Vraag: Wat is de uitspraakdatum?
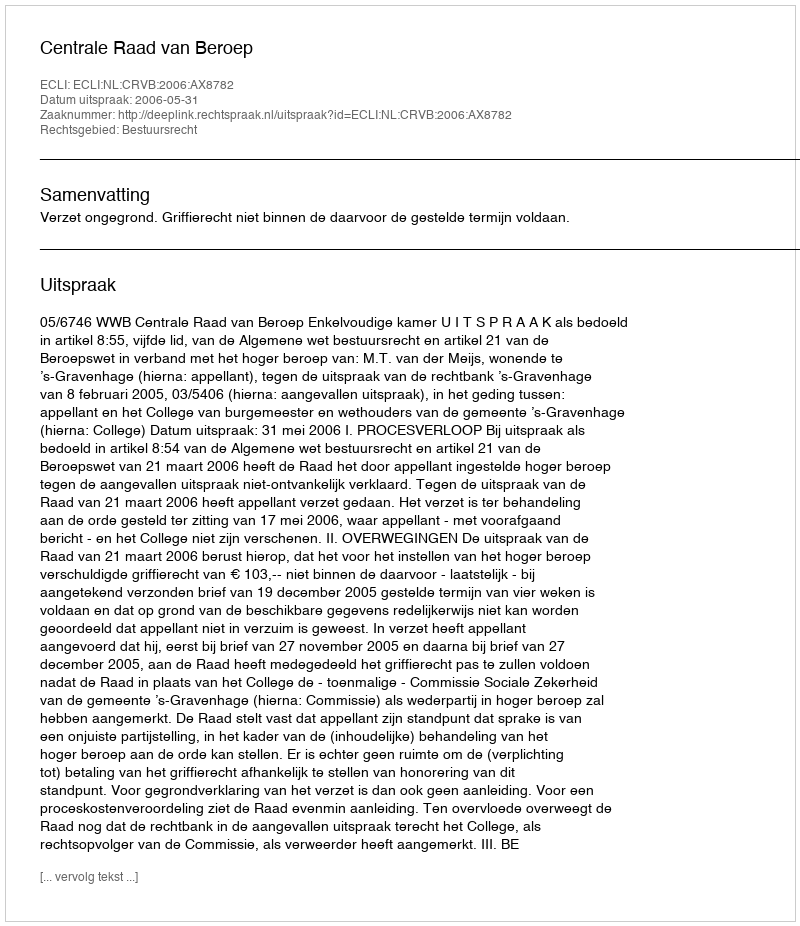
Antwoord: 2006-05-31